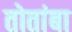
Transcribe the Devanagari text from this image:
तोतांबा